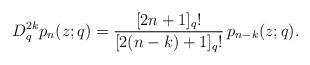
LaTeX: \begin{align*}D_{q}^{2k} p_n(z;q)= \frac{[2n+1]_q!}{[2(n-k)+1]_q!}\, p_{n-k}(z;q).\end{align*}